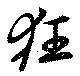
狂